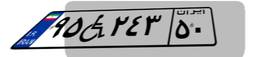
۳۹W۴۶۹۶۶